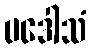
ပဒေါသံ